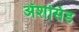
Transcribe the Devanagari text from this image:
ॲशसिड